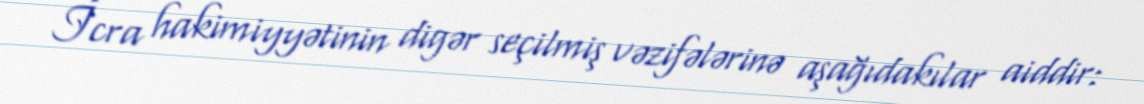
İcra hakimiyyətinin digər seçilmiş vəzifələrinə aşağıdakılar aiddir: